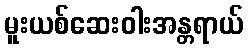
မူးယစ်ဆေးဝါးအန္တရာယ်